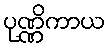
ပုဏ္ဏိကာယ